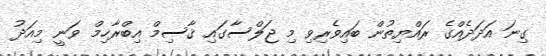
ގިނަ އަދަދެއްގެ ރައްޔިތުން ބައިވެރިވި މި ޖަލްސާގައި ޤާސިމް އިބްރާހިމް ވަނީ މިއަދު